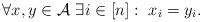
LaTeX: \begin{align*} \forall x, y \in \mathcal{A} \ \exists i \in [n]: \ x_i = y_i . \end{align*}